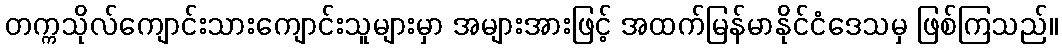
တက္ကသိုလ်ကျောင်းသားကျောင်းသူများမှာ အများအားဖြင့် အထက်မြန်မာနိုင်ငံဒေသမှ ဖြစ်ကြသည်။